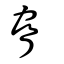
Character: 脅